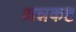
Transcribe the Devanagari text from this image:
अन्नकष्ट